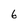
Character: 6